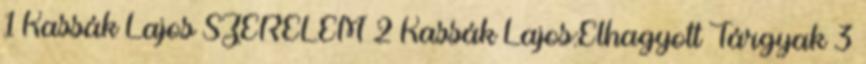
1 Kassák Lajos SZERELEM 2 Kassák Lajos:Elhagyott Tárgyak 3